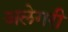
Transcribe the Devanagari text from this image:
अलेगरी